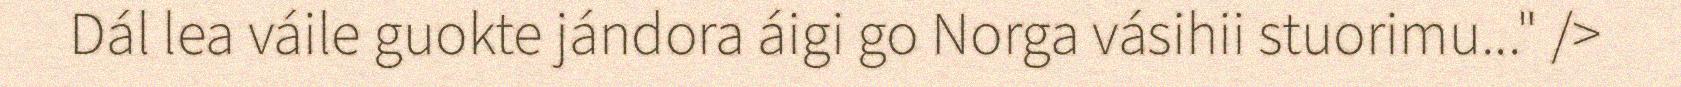
Dál lea váile guokte jándora áigi go Norga vásihii stuorimu..." />